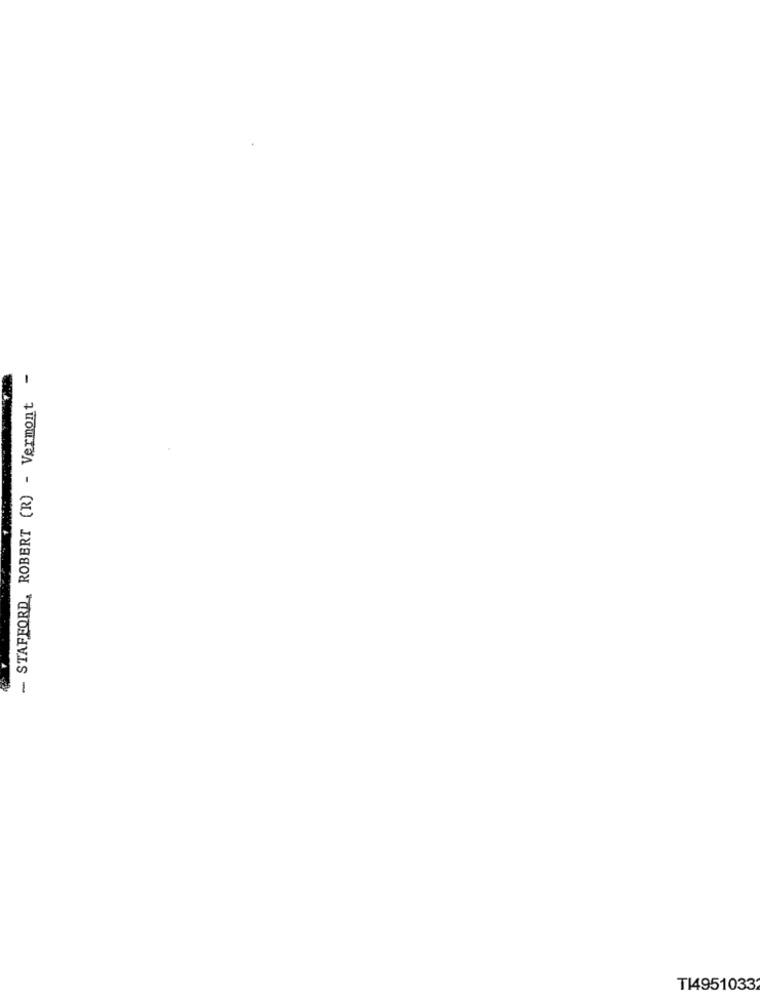
- STAFFORD, ROBERT (R) - Vermont -
T14951033